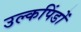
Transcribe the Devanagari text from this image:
उल्कपिंडों